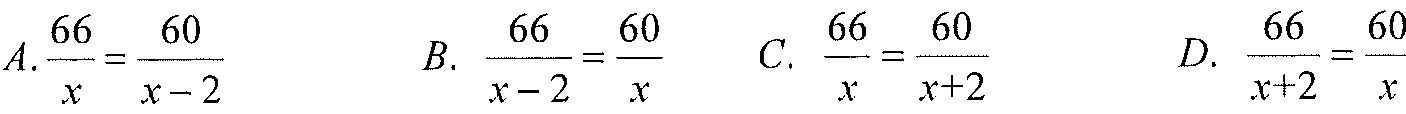
\(A.\frac{66}{x}=\frac{60}{x - 2}\)  \(B.\ \frac{66}{x - 2}=\frac{60}{x}\)  \(C.\ \frac{66}{x}=\frac{60}{x + 2}\)  \(D.\ \frac{66}{x + 2}=\frac{60}{x}\)